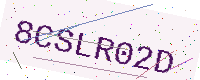
Text: 8CSLR02D